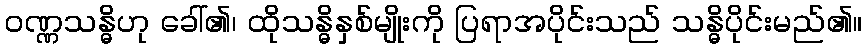
ဝဏ္ဏသန္ဓိဟု ခေါ်၏၊ ထိုသန္ဓိနှစ်မျိုးကို ပြရာအပိုင်းသည် သန္ဓိပိုင်းမည်၏။